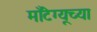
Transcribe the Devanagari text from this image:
माँटेग्यूच्या